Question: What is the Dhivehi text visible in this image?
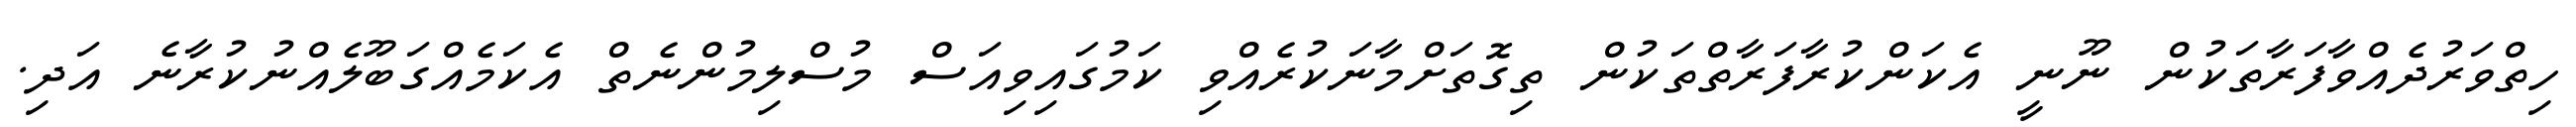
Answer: ހިތްވަރުދެއްވާފަރާތަކުން ނޫނީ އެކަންކުރާފަރާތްތަކުން ތިގޮތަށްމާނަކުރެއްވި ކަމުގައިވިއަސް މުސްލިމުންނެތް އެކަމެއްގަބޫލެއްނުކުރާނެ އަދި.